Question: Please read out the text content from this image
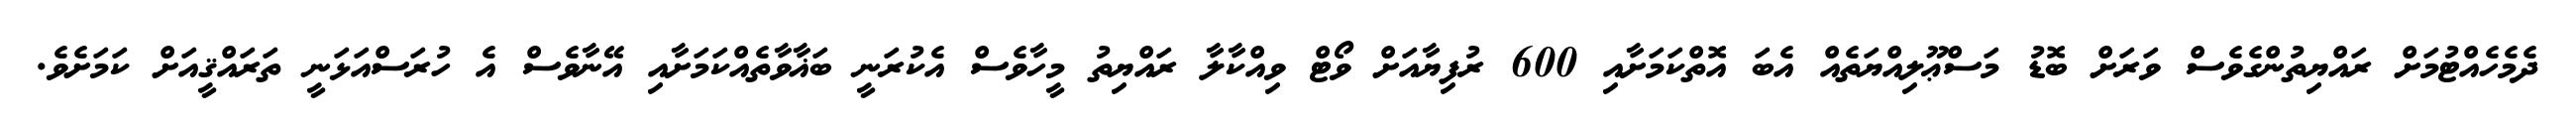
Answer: ދެމެހެއްޓުމަށް ރައްޔިތުންގެވެސް ވަރަށް ބޮޑު މަސްޢޫލިއްޔަތެއް އެބަ އޮތްކަމަށާއި 600 ރުފިޔާއަށް ވޯޓް ވިއްކާލާ ރައްޔިތު މީހާވެސް އެކުރަނީ ބަޣާވާތެއްކަމަށާއި އޭނާވެސް އެ ހުރަސްއަޅަނީ ތަރައްޤީއަށް ކަމަށެވެ.